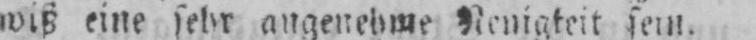
wiß eine sehr angenehme Wenigkeit sein.